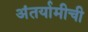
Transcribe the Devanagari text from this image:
अंतर्यामीची